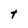
Character: t